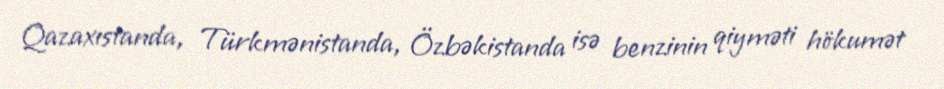
Qazaxıstanda, Türkmənistanda, Özbəkistanda isə benzinin qiyməti hökumət